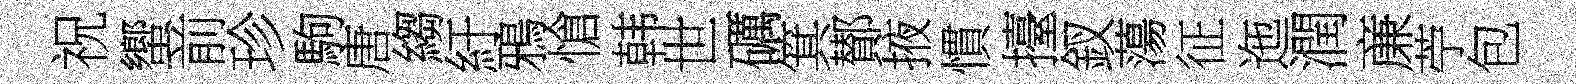
祝蠁前珍駒唐縐紆鴉愴韩世礪箕鄼掖慣擡釵蕩征迤潤亷苧包